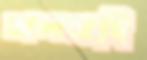
ডালভাজি